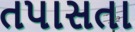
તપાસતા